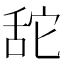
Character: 𦧑